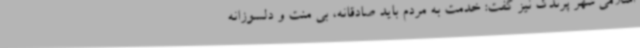
اسلامی شهر پرندک نیز گفت: خدمت به مردم باید صادقانه، بی منت و دلسوزانه